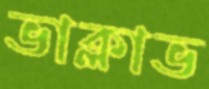
ভাক্লাভ